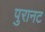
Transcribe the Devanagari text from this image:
पुरानट